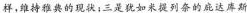
样，维持雅典的现状；三是犹如米提列奈的庇达库斯